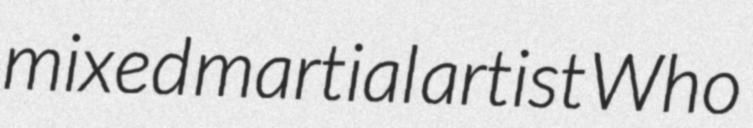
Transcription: mixed martial artist Who